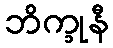
ဘိက္ခုနီ